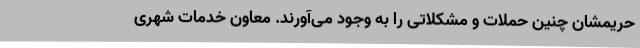
حریمشان چنین حملات و مشکلاتی را به وجود می‌آورند. معاون خدمات شهری